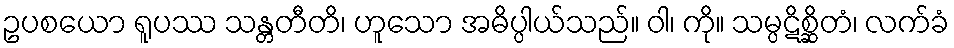
ဥပစယော ရူပဿ သန္တတီတိ၊ ဟူသော အဓိပ္ပါယ်သည်။ ဝါ၊ ကို။ သမ္ပဋိစ္ဆိတံ၊ လက်ခံ